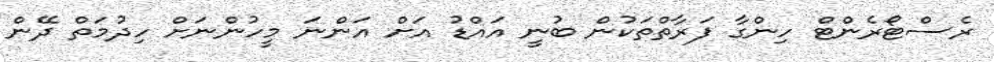
ރެސްޓޯރެންޓް ހިންގާ ފަރާތްތަކުން ބުނީ އައްޑު އަށް އަންނަ މީހުންނަށް ހިދުމަތް ދޭން